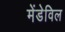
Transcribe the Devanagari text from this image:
मेंडेविल